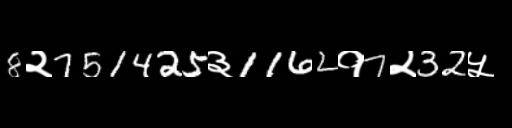
Text: 8२751425३1162१7२32५